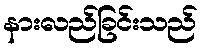
နားလည်ခြင်းသည်